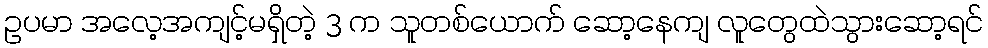
ဥပမာ အလေ့အကျင့်မရှိတဲ့ 3 က သူတစ်ယောက် ဆော့နေကျ လူတွေထဲသွားဆော့ရင်